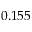
0 . 1 5 5